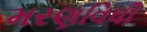
મરણવિધી